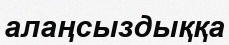
алаңсыздыққа